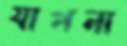
যাপনা